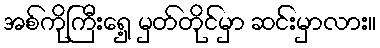
အစ်ကိုကြီးရှေ့ မှတ်တိုင်မှာ ဆင်းမှာလား။